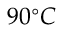
9 0 ^ { \circ } C